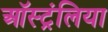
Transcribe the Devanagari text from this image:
ऑस्ट्रंलिया